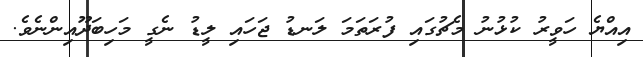
އިއްޔެ ހަވީރު ކުޅުނު މެޗުގައި ފުރަތަމަ ލަނޑު ޖަހައި ލީޑު ނެގީ މަހިބަދޫއިންނެވެ.